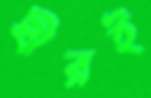
ধীরই